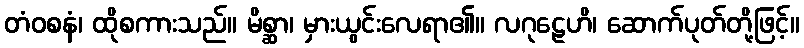
တံဝစနံ၊ ထိုစကားသည်။ မိစ္ဆာ၊ မှားယွင်းလေရာ၏။ လဂုဠေဟိ၊ ဆောက်ပုတ်တို့ဖြင့်။